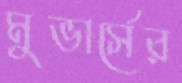
মুভার্সের